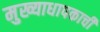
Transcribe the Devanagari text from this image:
मुख्याधापकाची